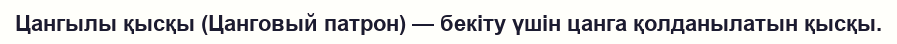
Цангылы қысқы (Цанговый патрон) — бекіту үшін цанга қолданылатын қысқы.